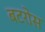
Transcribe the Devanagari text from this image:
बटरोस